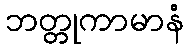
ဘတ္တုကာမာနံ